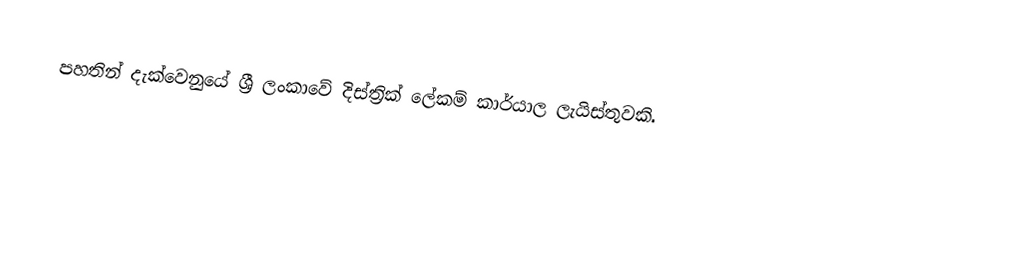
පහතින් දැක්වෙනුයේ ශ්‍රී ලංකාවේ දිස්ත්‍රික් ලේකම් කාර්යාල ලැයිස්තුවකි.